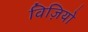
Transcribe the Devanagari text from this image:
विज़ियो